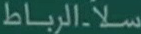
الرباط سلا